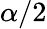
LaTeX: \alpha/2